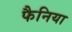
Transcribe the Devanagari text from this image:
फैनिया